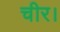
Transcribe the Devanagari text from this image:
चीर।